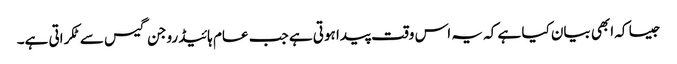
جیسا کہ ابھی بیان کیا ہے کہ یہ اس وقت پیدا ہوتی ہے جب عام ہائیڈروجن گیس سے ٹکراتی ہے۔